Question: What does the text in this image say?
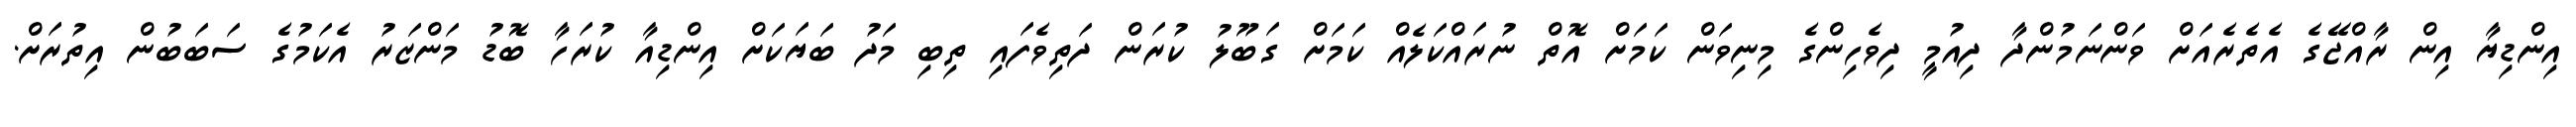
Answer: އިންޑިޔާ އިން ރާއްޖޭގެ އެތެރެއަށް ވަންނަމުންދާ ދިއުމީ ދިވެހިންގެ މިނިވަން ކަމަށް އޮތް ނުރައްކަލެއް ކަމަށް ގަބޫލު ކުރަން ދަތިވެފައި ތިބި މަދު ބަޔަކަށް އިންޑިއާ ކުރަހާ ބޮޑު މަންޒަރު އެކަމުގެ ސަބަބުން އިތުރަށް.